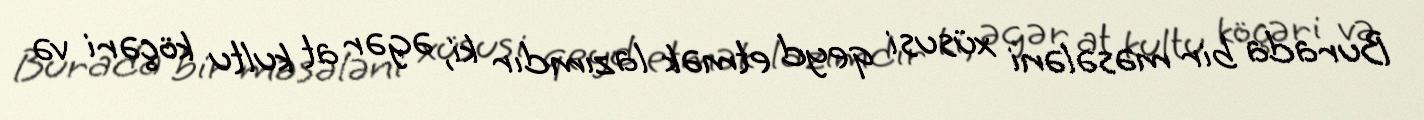
Burada bir məsələni xüsusi qeyd etmək lazımdır ki, əgər at kultu köçəri və